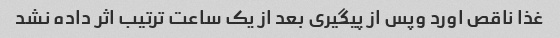
غذا ناقص اورد وپس از پیگیری بعد از یک ساعت ترتیب اثر داده نشد